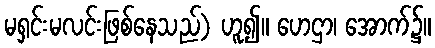
မရှင်းမလင်းဖြစ်နေသည်) ဟူ၍။ ဟေဌာ၊ အောက်၌။